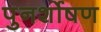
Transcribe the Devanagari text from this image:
पुनर्शोषण